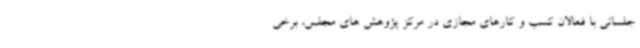
جلساتی با فعالان کسب و کارهای مجازی در مرکز پژوهش های مجلس، برخی